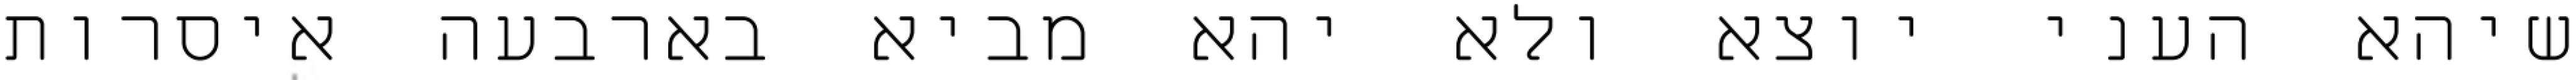
שיהא העני יוצא ולא יהא מביא בארבעה איסרות